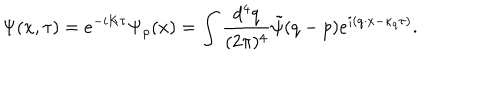
\Psi ( x , \tau ) = e ^ { - i K \tau } \Psi _ { \rho } ( x ) = \int \frac { d ^ { 4 } q } { ( 2 \pi ) ^ { 4 } } \tilde { \psi } ( q - p ) e ^ { i ( q \cdot x - \kappa _ { q } \tau ) } .